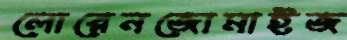
লোরেনজোমাইজ